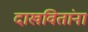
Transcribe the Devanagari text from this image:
दाखवितांना